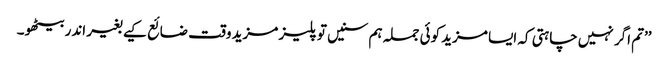
’’تم اگر نہیں چاہتی کہ ایسا مزید کوئی جملہ ہم سنیں تو پلیز مزید وقت ضائع کیے بغیر اندر بیٹھو۔